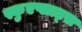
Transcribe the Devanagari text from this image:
स्कुएप्लाड्स